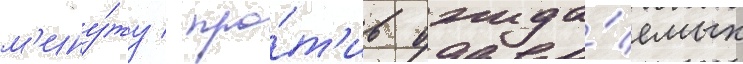
м'ину́ту / про́т'ив ожида́емых